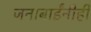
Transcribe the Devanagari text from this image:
जनाबाईंनीही